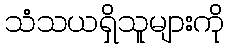
သံသယရှိသူများကို